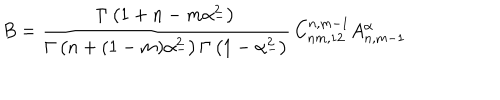
LaTeX: B = \frac { \Gamma \left( 1 + n - m \alpha _ { - } ^ { 2 } \right) } { \Gamma \left( n + ( 1 - m ) \alpha _ { - } ^ { 2 } \right) \Gamma \left( 1 - \alpha _ { - } ^ { 2 } \right) } \, C _ { n m , 1 2 } ^ { n , m - 1 } A _ { n , m - 1 } ^ { \alpha }